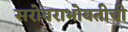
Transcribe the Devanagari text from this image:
सरोवराभोवतीची